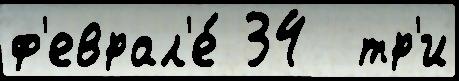
ф'еврал'е́ 34  тр'и